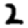
Digit: 2